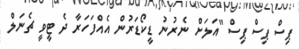
ޕިސް ޕިސް ޕިސް "އަލަށް ނެރުނު ޑީކޯޑަރުން އެއްފަހަރާ ދެ ޓީވީ ޗެނަލް